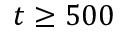
t \geq 5 0 0